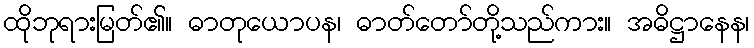
ထိုဘုရားမြတ်၏။ ဓာတုယောပန၊ ဓာတ်တော်တို့သည်ကား။ အဓိဋ္ဌာနေန၊